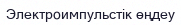
Электроимпульстік өңдеу